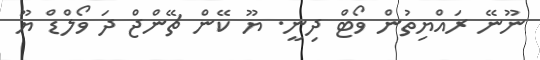
ނޫނޭ ރައްޔިތުން ވޯޓް ދިނީ. ޔޫ ކޭން ޗޭންޖް ދަ ވޯލްޑް ޔޫ